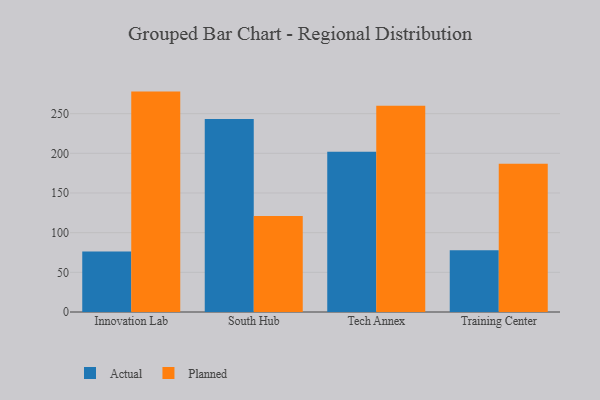
{"axis": {"x": "Campus", "y": "Headcount"}, "legend": ["Actual", "Planned"], "data": [{"x": "Innovation Lab", "y": 76.4, "type": "Actual"}, {"x": "Innovation Lab", "y": 277.8, "type": "Planned"}, {"x": "South Hub", "y": 243.3, "type": "Actual"}, {"x": "South Hub", "y": 120.9, "type": "Planned"}, {"x": "Tech Annex", "y": 202.0, "type": "Actual"}, {"x": "Tech Annex", "y": 259.9, "type": "Planned"}, {"x": "Training Center", "y": 77.9, "type": "Actual"}, {"x": "Training Center", "y": 186.8, "type": "Planned"}]}